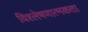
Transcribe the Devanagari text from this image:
विश्लेषणात्मकता